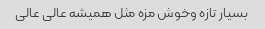
بسیار تازه وخوش مزه مثل همیشه عالی عالی